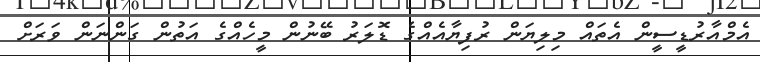
އެމްއާރުޑީސީން އެތައް މިލިޔަން ރުފިޔާއެއްގެ ޑޮލަރު ބޭނުން މީހެއްގެ އަތުން ގަންނަން ވަރަށް